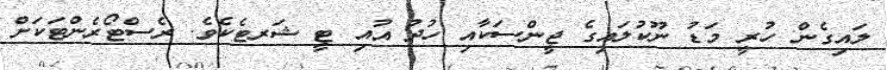
ލައިގެން ހުރީ މަޑު ނޫކުލައިގެ ޖީންސަކާއި ހުދު އުއި ޓީ ޝަރޓެކެވެ. ރެސްޓޯރެންޓަކަށް